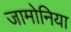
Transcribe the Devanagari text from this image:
जामोनिया